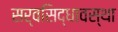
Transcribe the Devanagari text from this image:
सर्वसिद्धावस्था